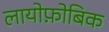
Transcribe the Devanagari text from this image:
लायोफ़ोबिक